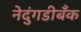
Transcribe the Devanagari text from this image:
नेदुंगडीबँक